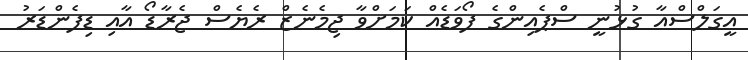
އީގަލްސްއާ ގުޅުނީ ސްޕެއިންގެ ފޯވަޑެއް ކަަމަށްވާ ޖިމެނެޒް ރެޔެސް ޖެރާޑޯ އާއި ޑިފެންޑަރު